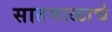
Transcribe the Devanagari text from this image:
सातमाळाचे